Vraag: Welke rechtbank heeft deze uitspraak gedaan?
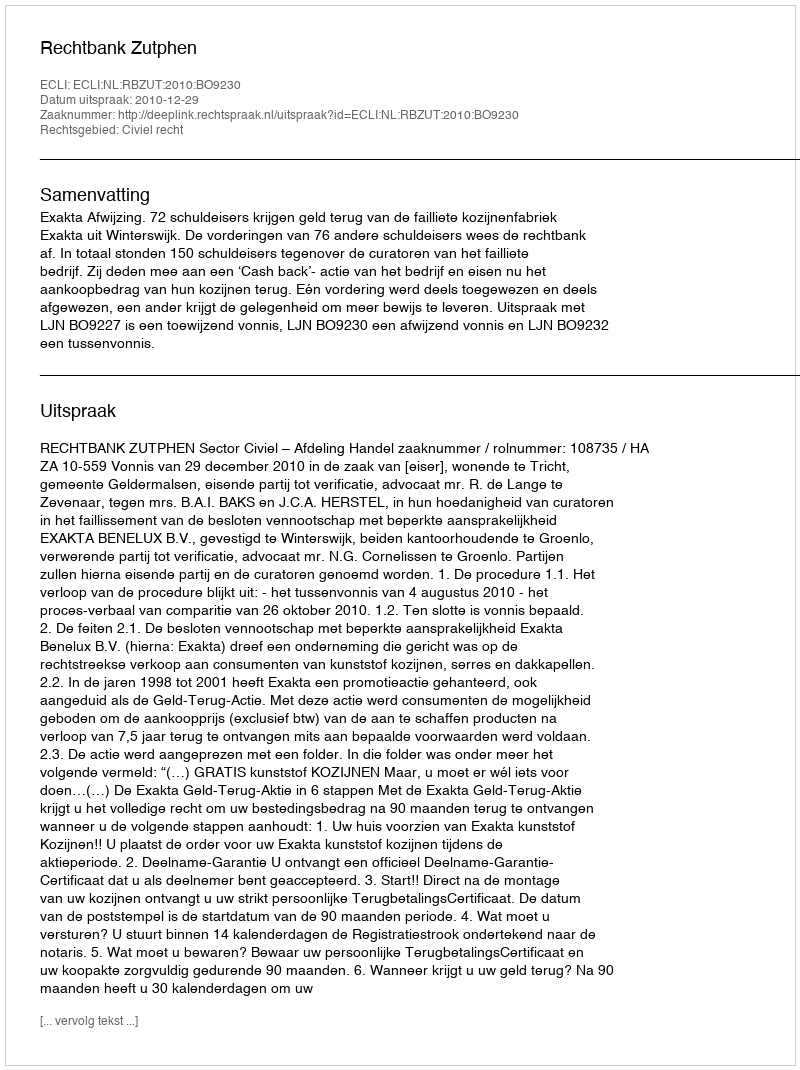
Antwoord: Rechtbank Zutphen